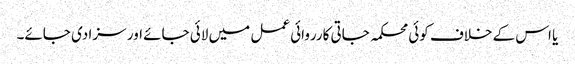
یا اس کے خلاف کوئی محکمہ جاتی کارروائی عمل میں لائی جائے اور سزا دی جائے۔